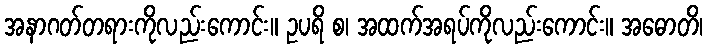
အနာဂတ်တရားကိုလည်းကောင်း။ ဥပရိ စ၊ အထက်အရပ်ကိုလည်းကောင်း။ အဓောတိ၊